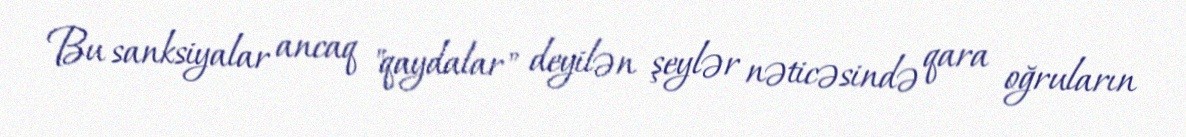
Bu sanksiyalar ancaq "qaydalar" deyilən şeylər nəticəsində qara oğruların